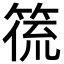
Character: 𮅛